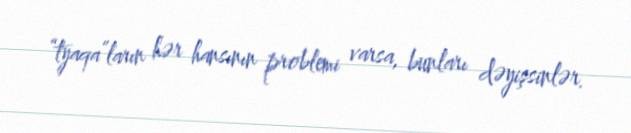
“tyaqa”ların hər hansının problemi varsa, bunları dəyişsinlər.